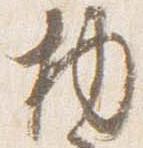
物